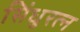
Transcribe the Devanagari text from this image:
सिंधुरत्‍न